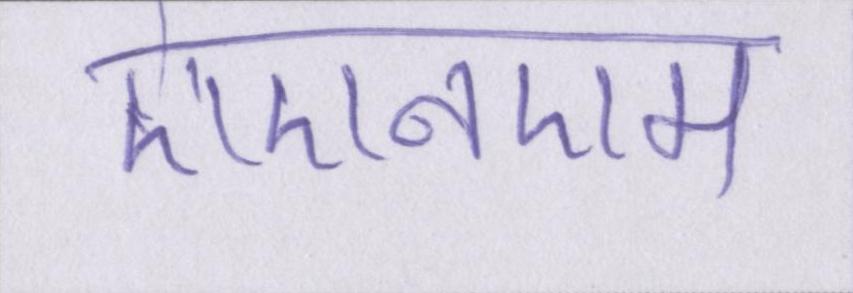
एएनएम